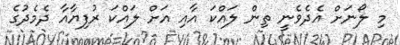
މި ލޯނަށް އެދެވެނީ ތިން ލައްކަ އާއި އަށް ލައްކަ ރުފިޔާއާ ދެމެދުގެ